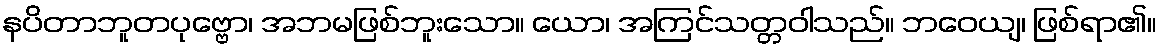
နပိတာဘူတပုဗ္ဗော၊ အဘမဖြစ်ဘူးသော။ ယော၊ အကြင်သတ္တဝါသည်။ ဘဝေယျ၊ ဖြစ်ရာ၏။